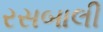
રસબાલી